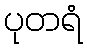
ပုတရံ